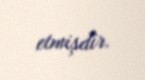
etmişdir.